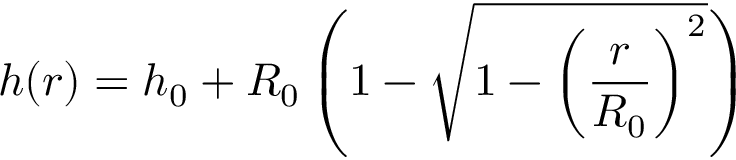
h ( r ) = h _ { 0 } + R _ { 0 } \left( 1 - \sqrt { 1 - \left( \frac { r } { R _ { 0 } } \right) ^ { 2 } } \right)